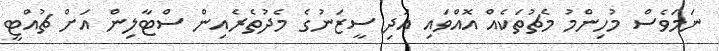
ނަމަވެސް މުހިންމު މެޗުތަކެއް އޮއްވައި އަދި ސީޒަނުގެ މެދުތެރެއިން ސްޓާލިން އަށް ޗުއްޓީ